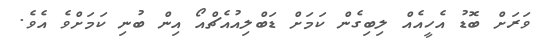
ވަރަށް ބޮޑު އެހީއެއް ލިބިގެން ކަމަށް ޑަބްލިއުއެޗްއޯ އިން ބުނި ކަމަށްވެ އެވެ.